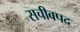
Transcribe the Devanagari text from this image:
सचीवपद